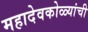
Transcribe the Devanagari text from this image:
महादेवकोळ्यांची